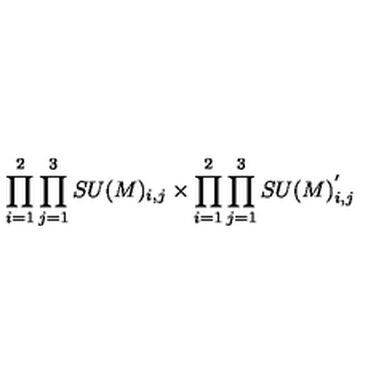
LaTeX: \prod _ { i = 1 } ^ { 2 } \prod _ { j = 1 } ^ { 3 } S U ( M ) _ { i , j } \times \prod _ { i = 1 } ^ { 2 } \prod _ { j = 1 } ^ { 3 } S U ( M ) _ { i , j } ^ { ' }